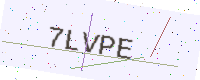
Text: 7LVPE